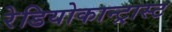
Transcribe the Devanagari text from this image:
रेडियोकान्ट्रास्ट